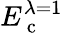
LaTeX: E_{\mathrm{~c~}}^{\lambda=1}